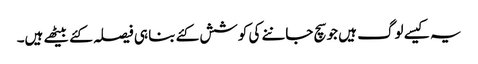
یہ کیسے لوگ ہیں جو سچ جاننے کی کوشش کئے بنا ہی فیصلہ کئے بیٹھے ہیں۔